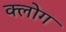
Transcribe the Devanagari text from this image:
क्लोग